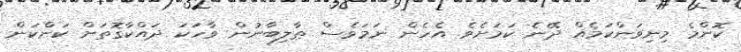
ކޮންމެ މިނިވަންކަމެއް ދޭނެ ކަމަށެވެ. އެހެން ނަމަވެސް ޠާލިބާނުން ވާހަކަ ދައްކާގޮތަށް ކަންކަން